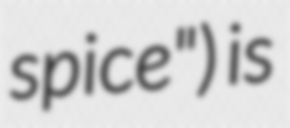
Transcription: spice") is